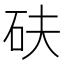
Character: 砆